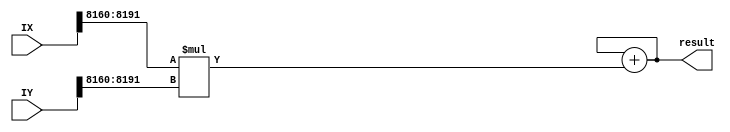
//code comportemental
module scalar_product2(result, IX, IY);
   parameter SIZE_ARRAY = 256;
   parameter SIZE_INT = 32;
   parameter SIZE = SIZE_ARRAY * SIZE_INT;

   input [SIZE-1:0] IX;
   input [SIZE-1:0] IY;

   output reg[31:0] result;

   integer 	     i;//compteur de generation

   //ici les operations sont sequentiels
   //ce n'est pas parallele
   initial
     begin
	for (i=0 ; i<SIZE_ARRAY ; i = i+1)
	  result <= result + (IX[(i* SIZE_INT) +: 32]
			    * IY[(i* SIZE_INT) +: 32]);
     end
endmodule